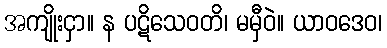
အကျိုးငှာ။ န ပဋိသေဝတိ၊ မမှီဝဲ။ ယာဝဒေဝ၊